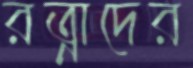
রত্নাদের